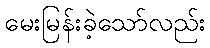
မေးမြန်းခဲ့သော်လည်း